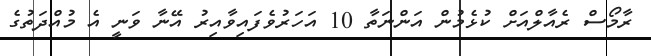
ރާމޯސް ރެއާލްއަށް ކުޅެމުން އަންނަތާ 10 އަހަރުވެފައިވާއިރު އޭނާ ވަނީ އެ މުއްދަތުގެ